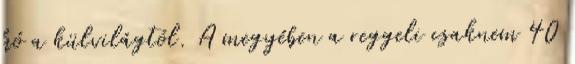
hó a külvilágtól. A megyében a reggeli csaknem 40